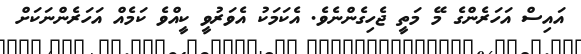
އައިސް އަހަރެންގެ މޭ މަތީ ޖެހިގެންނެވެ. އެކަމަކު އެވަރުވީ ކީއްވެ ކަމެއް އަހަރެންނަކަށް